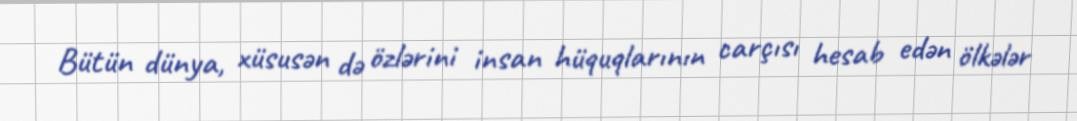
Bütün dünya, xüsusən də özlərini insan hüquqlarının carçısı hesab edən ölkələr